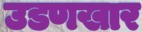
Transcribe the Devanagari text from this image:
उडणखार